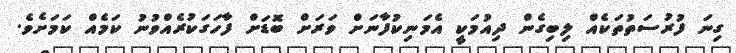
ގިނަ ފުރުސަތުތަކެއް ލިބިގެން ދިއުމަކީ އެމަނިކުފާނަށް ވަރަށް ބޮޑަށް ފާހަގަކުރެއްވުނު ކަމެއް ކަމަށެވެ.